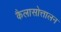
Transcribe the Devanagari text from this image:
कैलासोत्तालन